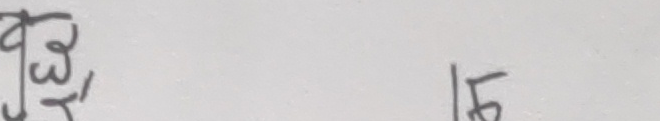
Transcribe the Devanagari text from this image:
शुद्ध , १५